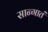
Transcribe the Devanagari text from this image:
सान्गातं